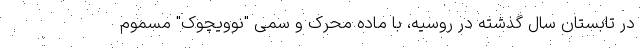
در تابستان سال گذشته در روسیه، با ماده محرک و سمی "نوویچوک" مسموم